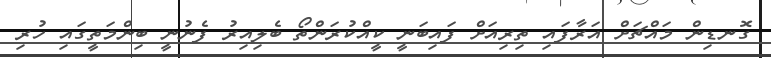
ގޮނޑިން މައްޗަށް އަރާފައި ތިރިއަށް ފައިބަނީ ކީއްކުރަންތޯ ބެލިއިރު ފެނުނީ ބިންމަތީގައި ހުރި